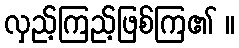
လှည့်ကြည့်ဖြစ်ကြ၏ ။